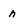
Character: n